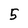
Character: 5